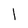
Character: l